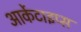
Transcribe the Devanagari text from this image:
आर्केटाइप्स